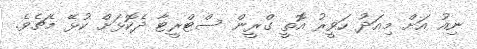
ނިއު އަށް މިއަދު ހަވީރު އޮތީ ގްރީން ސްޓްރީޓާ ދެކޮޅަށް ކުޅޭ މެޗެވެ.